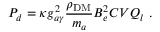
P _ { d } = \kappa g _ { a \gamma } ^ { 2 } \frac { \rho _ { \mathrm { D M } } } { m _ { a } } B _ { e } ^ { 2 } C V Q _ { l } ~ .